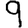
Digit: 9